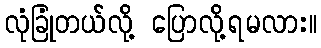
လုံခြုံတယ်လို့ ပြောလို့ရမလား။